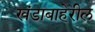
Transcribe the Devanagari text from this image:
खंडाबाहेरील